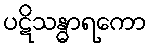
ပဋိသန္ဓာရကော